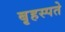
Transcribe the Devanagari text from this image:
बृहस्पते